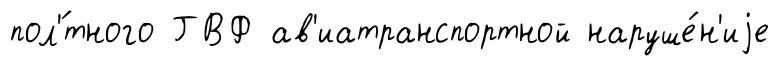
пол'́тного ГВФ ав'иатранспортной наруше́н'иjе